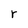
Character: r